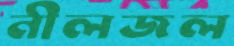
নীলজল